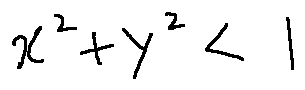
x ^ { 2 } + y ^ { 2 } < 1